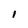
Character: l